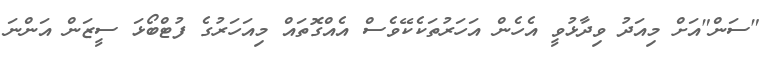
"ސަން"އަށް މިއަދު ވިދާޅުވީ އެހެން އަހަރުތަކެކޭވެސް އެއްގޮތައް މިއަހަރުގެ ފުޓްބޯޅަ ސީޒަން އަންނަ